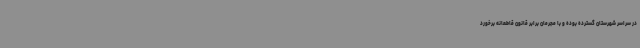
در سراسر شهرستان گسترده بوده و با مجرمان برابر قانون قاطعانه برخورد